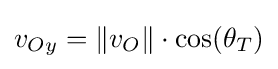
v_{Oy}=\lVert v_{O}\rVert \cdot \cos(\theta _{T})